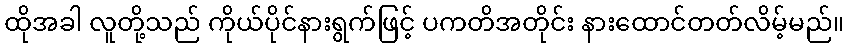
ထိုအခါ လူတို့သည် ကိုယ်ပိုင်နားရွက်ဖြင့် ပကတိအတိုင်း နားထောင်တတ်လိမ့်မည်။